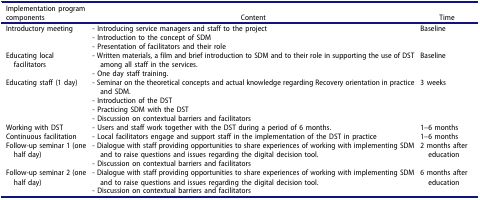
<table><thead><tr><td><b>Implementation program components</b></td><td><b>Content</b></td><td><b>Time</b></td></tr></thead><tbody><tr><td>Introductory meeting</td><td>- Introducing service managers and staff to the project- Introduction to the concept of SDM- Presentation of facilitators and their role</td><td>Baseline</td></tr><tr><td>Educating local facilitators</td><td>- Written materials, a film and brief introduction to SDM and to their role in supporting the use of DST among all staff in the services.- One day staff training.</td><td>Baseline</td></tr><tr><td>Educating staff (1 day)</td><td>- Seminar on the theoretical concepts and actual knowledge regarding Recovery orientation in practice and SDM.- Introduction of the DST- Practicing SDM with the DST- Discussion on contextual barriers and facilitators</td><td>3 weeks</td></tr><tr><td>Working with DST</td><td>- Users and staff work together with the DST during a period of 6 months.</td><td>1–6 months</td></tr><tr><td>Continuous facilitation</td><td>- Local facilitators engage and support staff in the implementation of the DST in practice</td><td>1–6 months</td></tr><tr><td>Follow-up seminar 1 (one half day)</td><td>- Dialogue with staff providing opportunities to share experiences of working with implementing SDM and to raise questions and issues regarding the digital decision tool.- Discussion on contextual barriers and facilitators</td><td>2 months after education</td></tr><tr><td>Follow-up seminar 2 (one half day)</td><td>- Dialogue with staff providing opportunities to share experiences of working with implementing SDM and to raise questions and issues regarding the digital decision tool.- Discussion on contextual barriers and facilitators</td><td>6 months after education</td></tr></tbody></table>